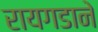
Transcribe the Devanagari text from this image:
रायगडाने